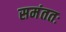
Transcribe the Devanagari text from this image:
समंततः